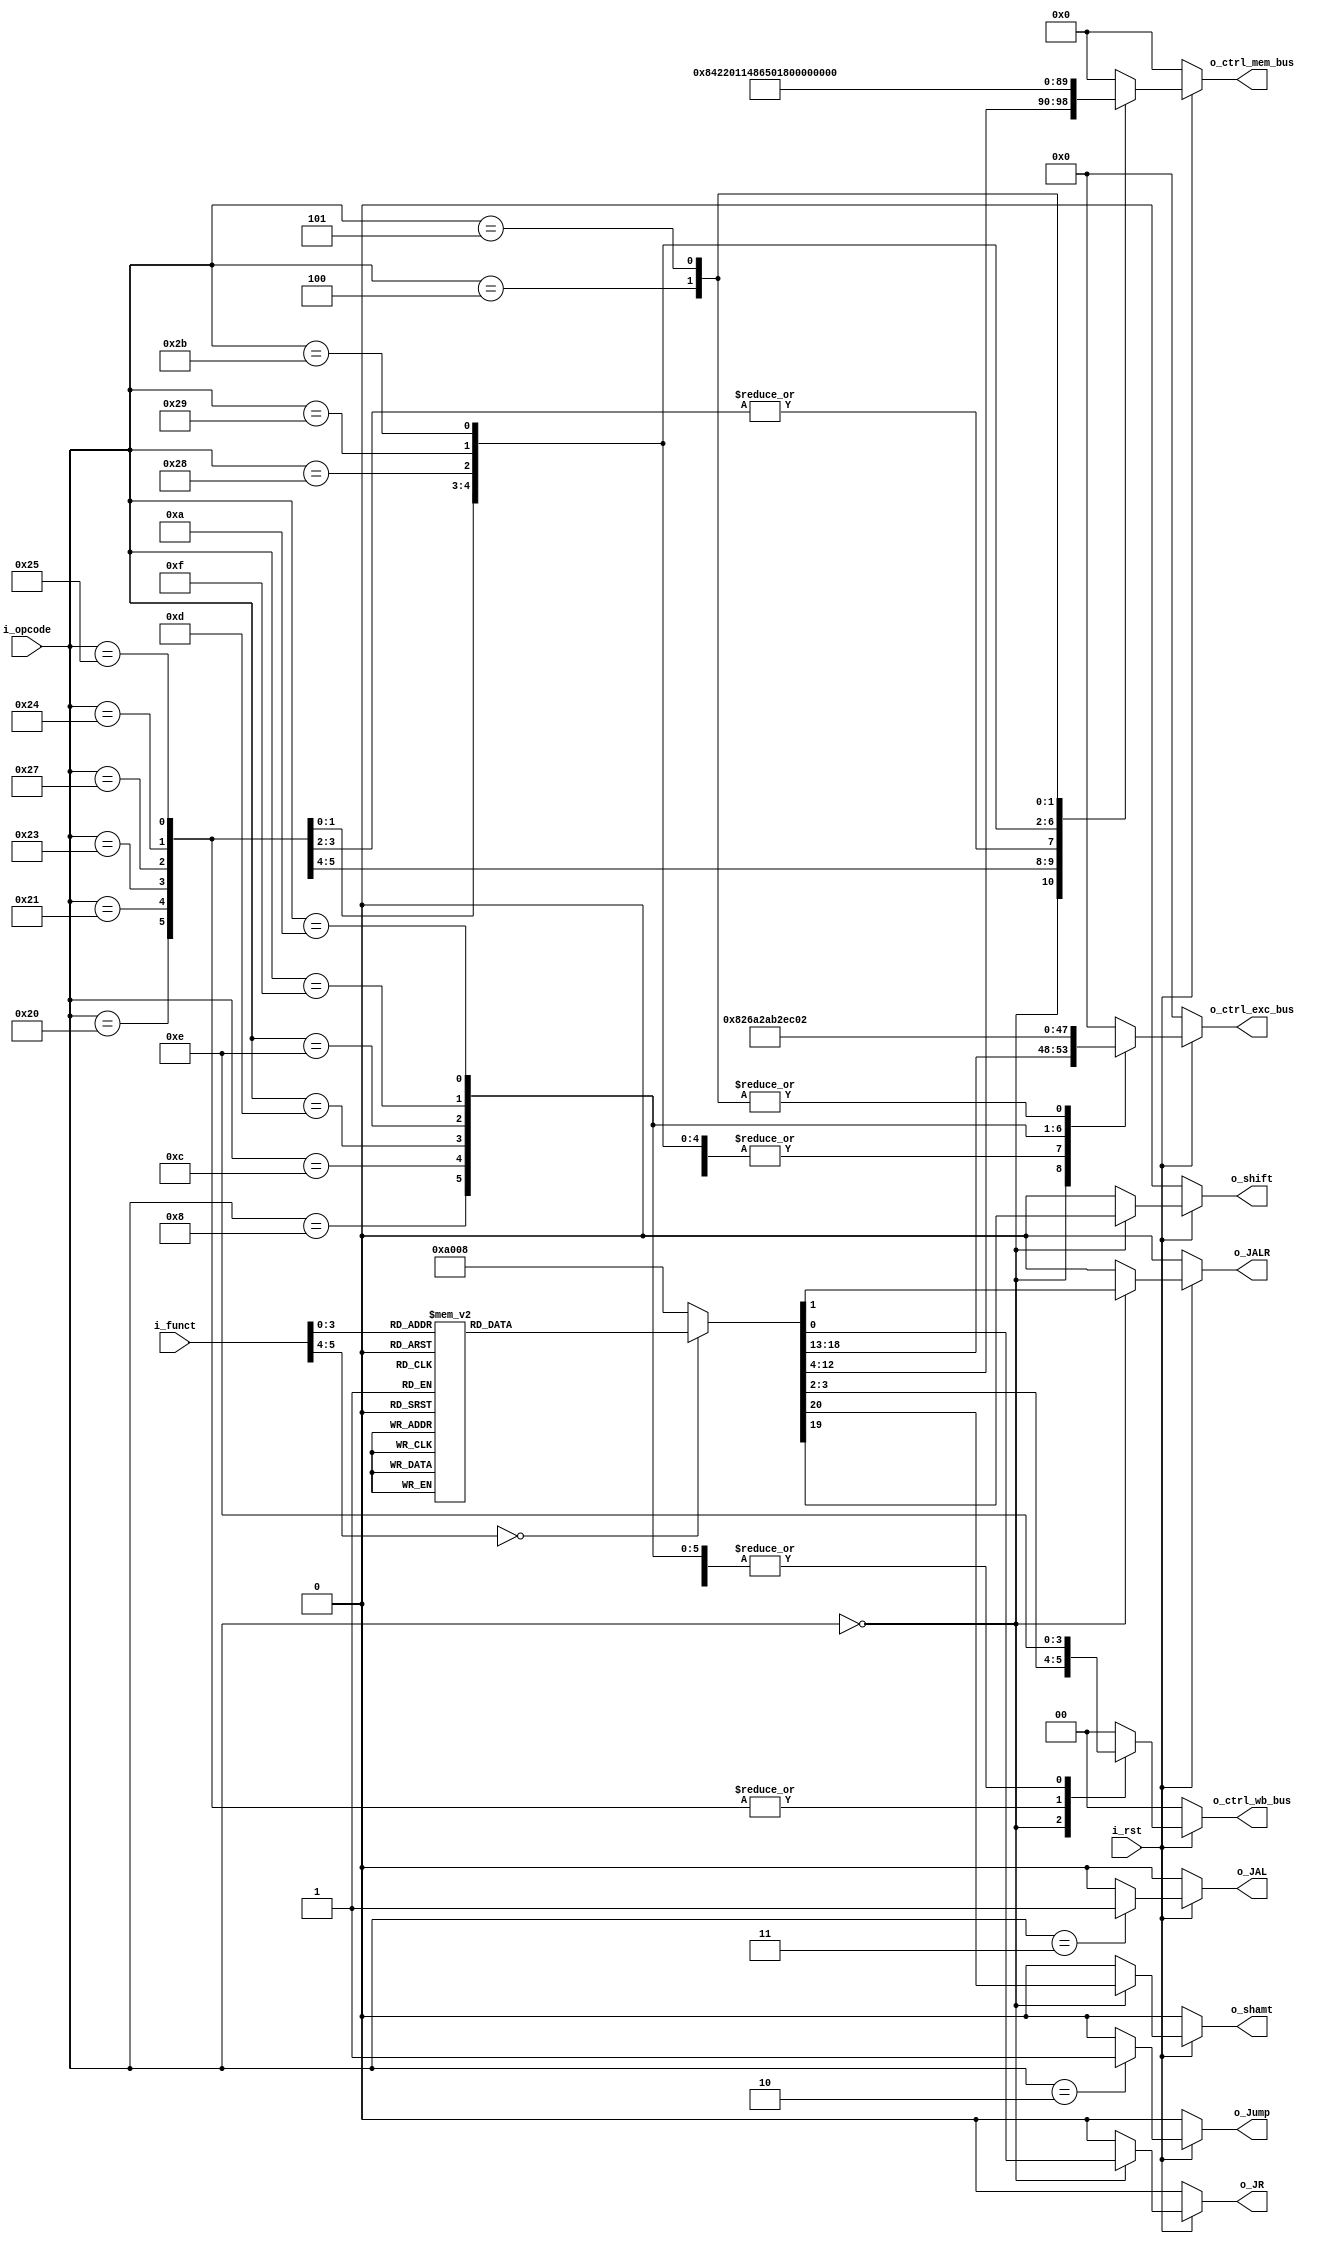
`timescale 1ns / 1ps

module control
    #(
        parameter NB_OPCODE     = 6,
        parameter NB_CTRL_EX    = 6,
        parameter NB_CTRL_M     = 9,
        parameter NB_CTRL_WB    = 2
     )
    (
        // Inputs
        input                           i_rst,
        input       [NB_OPCODE-1:0]     i_opcode,
        input       [NB_OPCODE-1:0]     i_funct,
        // Outputs (organiza las salidas en buses, para mayor prolijidad)
        output reg  [NB_CTRL_WB-1:0]    o_ctrl_wb_bus,      // [ RegWrite, MemtoReg]
        output reg  [NB_CTRL_M-1:0]     o_ctrl_mem_bus,     // [ SB, SH, LB, LH, Unsigned, BNEQ, Branch, MemRead, MemWrite ]
        output reg  [NB_CTRL_EX-1:0]    o_ctrl_exc_bus,     // [ ALUSrc, AluOp[3], AluOp[2], AluOp[1], AluOp[0], RegDst]
        output reg                      o_Jump,
        output reg                      o_JAL,
        output reg                      o_JR,
        output reg                      o_JALR,
        output reg                      o_shift,
        output reg                      o_shamt
    );
    
    always@(*) begin
        o_Jump  = 0;
        o_JAL   = 0;
        o_JR    = 0;
        o_JALR  = 0;
        o_shift = 0;
        o_shamt = 0;
        if(!i_rst) begin
            o_ctrl_wb_bus   = 0;
            o_ctrl_mem_bus  = 0;
            o_ctrl_exc_bus  = 0;
        end 
        else begin
            o_ctrl_wb_bus   = o_ctrl_wb_bus;
            o_ctrl_mem_bus  = o_ctrl_mem_bus;
            o_ctrl_exc_bus  = o_ctrl_exc_bus;

            case(i_opcode)
                //R-TYPE ------------------------------------------
                6'b 000000: 
                begin
                    case(i_funct)
                        6'b000000, 6'b000010, 6'b000011: //SHIFT CON SHAMT (SLL - SRL - SRA)
                        begin
                            o_ctrl_wb_bus    = 2'b10;
                            o_ctrl_mem_bus   = 9'b000000000;
                            o_ctrl_exc_bus   = 6'b000101;
                            o_shift          = 1;
                            o_shamt          = 1;
                        end
                        
                        6'b000100, 6'b000110, 6'b000111: //SHIFT CON VARIABLE (SLLV - SRLV - SRAV)
                        begin
                            o_ctrl_wb_bus    = 2'b10;
                            o_ctrl_mem_bus   = 9'b000000000;
                            o_ctrl_exc_bus   = 6'b000101;
                            o_shift          = 1;
                        end

                        6'b001000: //o_JR
                        begin
                            o_ctrl_wb_bus    = 2'b10;
                            o_ctrl_mem_bus   = 9'b000000000;
                            o_ctrl_exc_bus   = 6'b000000;
                            o_JR             = 1;
                        end

                        6'b001001: //o_JALR
                        begin
                            o_ctrl_wb_bus    = 2'b10;
                            o_ctrl_mem_bus   = 9'b000000000;
                            o_ctrl_exc_bus   = 6'b000001;
                            o_JALR           = 1;
                        end  

                        default:
                        begin
                            o_ctrl_wb_bus    = 2'b10;
                            o_ctrl_mem_bus   = 9'b000000000;
                            o_ctrl_exc_bus   = 6'b000101;
                        end 
                    endcase
                end

                //LOAD TYPE ---------------------------------------

                6'b 100000: //LB
                begin
                    o_ctrl_wb_bus    = 2'b11;
                    o_ctrl_mem_bus   = 9'b001000010;
                    o_ctrl_exc_bus   = 6'b100000;
                end

                6'b 100001: //LH
                begin
                    o_ctrl_wb_bus    = 2'b11;
                    o_ctrl_mem_bus   = 9'b000100010;
                    o_ctrl_exc_bus   = 6'b100000;
                end

                6'b 100011: //LW
                begin
                    o_ctrl_wb_bus    = 2'b11;
                    o_ctrl_mem_bus   = 9'b000000010;
                    o_ctrl_exc_bus   = 6'b100000;
                end

                6'b 100111: //LWU
                begin
                    o_ctrl_wb_bus    = 2'b11;
                    o_ctrl_mem_bus   = 9'b000000010;
                    o_ctrl_exc_bus   = 6'b100000;
                end

                6'b 100100: //LBU
                begin
                    o_ctrl_wb_bus    = 2'b11;
                    o_ctrl_mem_bus   = 9'b001010010;
                    o_ctrl_exc_bus   = 6'b100000;
                end

                6'b 100101: //LHU
                begin
                    o_ctrl_wb_bus    = 2'b11;
                    o_ctrl_mem_bus   = 9'b000110010;
                    o_ctrl_exc_bus   = 6'b100000;
                end

                //STORE TYPE ---------------------------------------
                                
                6'b 101000: //SB
                begin
                    o_ctrl_wb_bus    = 2'b00;
                    o_ctrl_mem_bus   = 9'b100000001;
                    o_ctrl_exc_bus   = 6'b100000;
                end

                6'b 101001: //SH
                begin
                    o_ctrl_wb_bus    = 2'b00;
                    o_ctrl_mem_bus   = 9'b010000001;
                    o_ctrl_exc_bus   = 6'b100000;
                end

                6'b 101011: //SW
                begin
                    o_ctrl_wb_bus    = 2'b00;
                    o_ctrl_mem_bus   = 9'b000000001;
                    o_ctrl_exc_bus   = 6'b100000;
                end

                //INMEDIATE ---------------------------------------

                6'b 001000: //ADDI
                begin
                    o_ctrl_wb_bus    = 2'b10;
                    o_ctrl_mem_bus   = 9'b000000000;
                    o_ctrl_exc_bus   = 6'b100110;
                end

                6'b 001100: //ANDI
                begin
                    o_ctrl_wb_bus    = 2'b10;
                    o_ctrl_mem_bus   = 9'b000000000;
                    o_ctrl_exc_bus   = 6'b101000;
                end

                6'b 001101: //ORI
                begin
                    o_ctrl_wb_bus    = 2'b10;
                    o_ctrl_mem_bus   = 9'b000000000;
                    o_ctrl_exc_bus   = 6'b101010;
                end

                6'b 001110: //XORI
                begin
                    o_ctrl_wb_bus    = 2'b10;
                    o_ctrl_mem_bus   = 9'b000000000;
                    o_ctrl_exc_bus   = 6'b101100;
                end

                6'b 001111: //LUI
                begin
                    o_ctrl_wb_bus    = 2'b10;
                    o_ctrl_mem_bus   = 9'b000000000;
                    o_ctrl_exc_bus   = 6'b101110;
                end

                6'b 001010: //SLTI
                begin
                    o_ctrl_wb_bus    = 2'b10;
                    o_ctrl_mem_bus   = 9'b000000000;
                    o_ctrl_exc_bus   = 6'b110000;
                end

                //BRANCH - o_Jump ---------------------------------------
                                
                6'b 000100: //BEQ
                begin
                    o_ctrl_wb_bus    = 2'b00;
                    o_ctrl_mem_bus   = 9'b000000100;
                    o_ctrl_exc_bus   = 6'b000010;
                end
                
                6'b 000101: //BNQ
                begin
                    o_ctrl_wb_bus    = 2'b00;
                    o_ctrl_mem_bus   = 9'b000001000;
                    o_ctrl_exc_bus   = 6'b000010;
                end

                6'b 000010: //o_Jump (Salto incondicional) 
                begin
                    o_ctrl_wb_bus    = 2'b00;
                    o_ctrl_mem_bus   = 9'b000000000;
                    o_ctrl_exc_bus   = 6'b000000;
                    o_Jump           = 1;
                end

                6'b 000011: //o_JAL
                begin
                    o_ctrl_wb_bus    = 2'b10;   
                    o_ctrl_mem_bus   = 9'b000000000;
                    o_ctrl_exc_bus   = 6'b000000;
                    o_JAL            = 1;
                end
                
                default:
                begin
                    o_ctrl_wb_bus    = 2'b00;
                    o_ctrl_mem_bus   = 9'b000000000;
                    o_ctrl_exc_bus   = 6'b000000;
                end
            endcase
        end
    end

endmodule